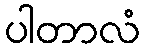
ပါတာလံ